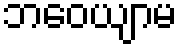
ဘဝေယျာမ